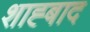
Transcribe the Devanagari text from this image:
शाह्बाद